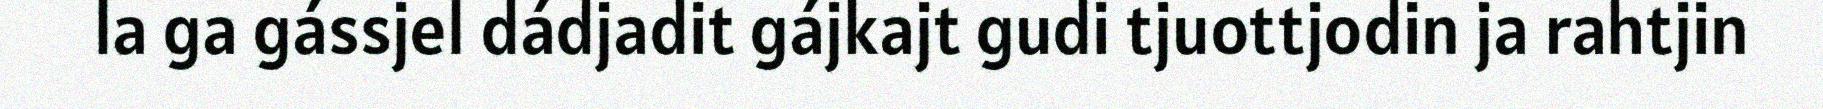
la ga gássjel dádjadit gájkajt gudi tjuottjodin ja rahtjin